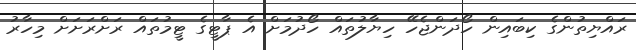
ރައްޔިތުންގެ ކިބައިން ހޯދަންޖެހޭ ހިޔާލުތައް ހޯދުމަށް އެ ޕާޓީގެ ޓީމުތައް ރަށްރަށަށް މިހާރު